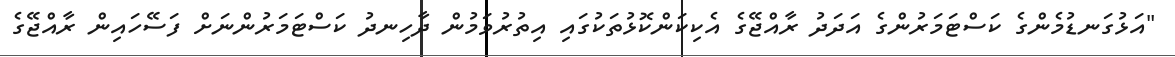
"އަޅުގަނޑުމެންގެ ކަސްޓަމަރުންގެ އަދަދު ރާއްޖޭގެ އެކިކަންކޮޅުތަކުގައި އިތުރުވަމުން ދާހިނދު ކަސްޓަމަރުންނަށް ފަސޭހައިން ރާއްޖޭގެ